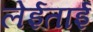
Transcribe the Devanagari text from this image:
लेईताई